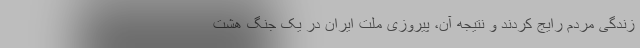
زندگی مردم رایج کردند و نتیجه آن، پیروزی ملت ایران در یک جنگ هشت